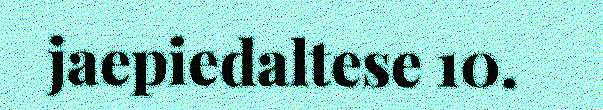
jaepiedaltese 10.